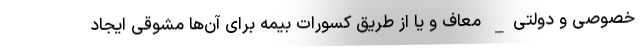
خصوصی و دولتی_ معاف و یا از طریق کسورات بیمه برای آن‌ها مشوقی ایجاد